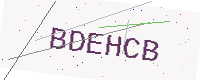
Text: BDEHCB